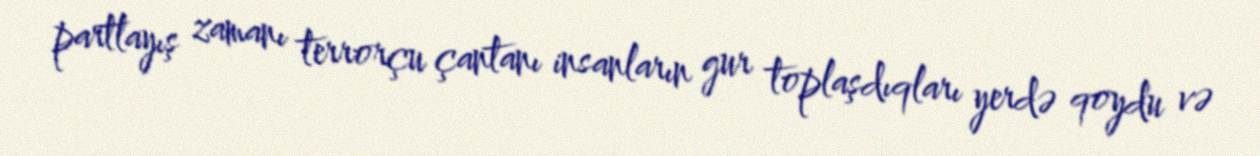
partlayış zamanı terrorçu çantanı insanların gur toplaşdıqları yerdə qoydu və